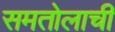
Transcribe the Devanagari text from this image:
समतोलाची